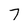
Character: 7